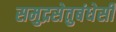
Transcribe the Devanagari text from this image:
समुद्रसेतुबंधेसी